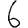
Digit: 6